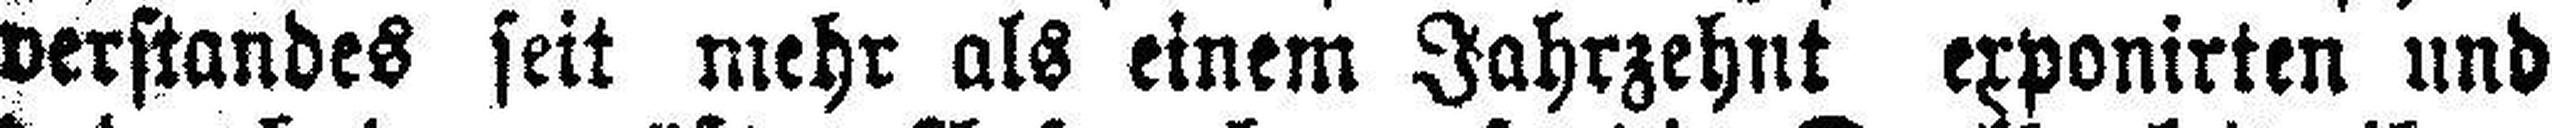
verstandes seit mehr als einem Jahrzehnt exponirten und